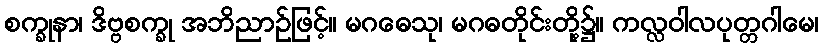
စက္ခုနာ၊ ဒိဗ္ဗစက္ခု အဘိညာဉ်ဖြင့်။ မဂဓေသု၊ မဂဓတိုင်းတို့၌။ ကလ္လဝါလပုတ္တဂါမေ၊